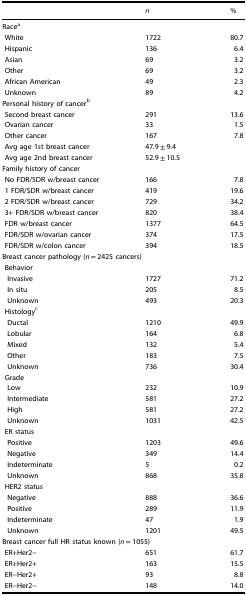
<table><thead><tr><td>[EMPTY_CELL]</td><td><b><i>n</i></b></td><td><b>%</b></td></tr></thead><tbody><tr><td colspan="3">Race<sup>a</sup></td></tr><tr><td> White</td><td>1722</td><td>80.7</td></tr><tr><td> Hispanic</td><td>136</td><td>6.4</td></tr><tr><td> Asian</td><td>69</td><td>3.2</td></tr><tr><td> Other</td><td>69</td><td>3.2</td></tr><tr><td> African American</td><td>49</td><td>2.3</td></tr><tr><td> Unknown</td><td>89</td><td>4.2</td></tr><tr><td colspan="3">Personal history of cancer<sup>b</sup></td></tr><tr><td> Second breast cancer</td><td>291</td><td>13.6</td></tr><tr><td> Ovarian cancer</td><td>33</td><td>1.5</td></tr><tr><td> Other cancer</td><td>167</td><td>7.8</td></tr><tr><td> Avg age 1st breast cancer</td><td>47.9 ± 9.4</td><td>[EMPTY_CELL]</td></tr><tr><td> Avg age 2nd breast cancer</td><td>52.9 ± 10.5</td><td>[EMPTY_CELL]</td></tr><tr><td colspan="3">Family history of cancer</td></tr><tr><td> No FDR/SDR w/breast cancer</td><td>166</td><td>7.8</td></tr><tr><td> 1 FDR/SDR w/breast cancer</td><td>419</td><td>19.6</td></tr><tr><td> 2 FDR/SDR w/breast cancer</td><td>729</td><td>34.2</td></tr><tr><td> 3+ FDR/SDR w/breast cancer</td><td>820</td><td>38.4</td></tr><tr><td> FDR w/breast cancer</td><td>1377</td><td>64.5</td></tr><tr><td> FDR/SDR w/ovarian cancer</td><td>374</td><td>17.5</td></tr><tr><td> FDR/SDR w/colon cancer</td><td>394</td><td>18.5</td></tr><tr><td colspan="3">Breast cancer pathology (<i>n</i> = 2425 cancers)</td></tr><tr><td colspan="3"> Behavior</td></tr><tr><td>Invasive</td><td>1727</td><td>71.2</td></tr><tr><td>In situ</td><td>205</td><td>8.5</td></tr><tr><td>Unknown</td><td>493</td><td>20.3</td></tr><tr><td colspan="3"> Histology<sup>c</sup></td></tr><tr><td>Ductal</td><td>1210</td><td>49.9</td></tr><tr><td>Lobular</td><td>164</td><td>6.8</td></tr><tr><td>Mixed</td><td>132</td><td>5.4</td></tr><tr><td>Other</td><td>183</td><td>7.5</td></tr><tr><td>Unknown</td><td>736</td><td>30.4</td></tr><tr><td colspan="3"> Grade</td></tr><tr><td>Low</td><td>232</td><td>10.9</td></tr><tr><td>Intermediate</td><td>581</td><td>27.2</td></tr><tr><td>High</td><td>581</td><td>27.2</td></tr><tr><td>Unknown</td><td>1031</td><td>42.5</td></tr><tr><td colspan="3"> ER status</td></tr><tr><td>Positive</td><td>1203</td><td>49.6</td></tr><tr><td>Negative</td><td>349</td><td>14.4</td></tr><tr><td>Indeterminate</td><td>5</td><td>0.2</td></tr><tr><td>Unknown</td><td>868</td><td>35.8</td></tr><tr><td colspan="3"> HER2 status</td></tr><tr><td>Negative</td><td>888</td><td>36.6</td></tr><tr><td>Positive</td><td>289</td><td>11.9</td></tr><tr><td>Indeterminate</td><td>47</td><td>1.9</td></tr><tr><td>Unknown</td><td>1201</td><td>49.5</td></tr><tr><td colspan="3">Breast cancer full HR status known (<i>n</i> = 1055)</td></tr><tr><td> ER+Her2−</td><td>651</td><td>61.7</td></tr><tr><td> ER+Her2+</td><td>163</td><td>15.5</td></tr><tr><td> ER−Her2+</td><td>93</td><td>8.8</td></tr><tr><td> ER−Her2−</td><td>148</td><td>14.0</td></tr></tbody></table>